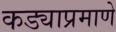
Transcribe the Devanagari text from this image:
कड्याप्रमाणे